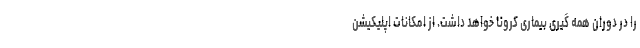
را در دوران همه گیری بیماری کرونا خواهد داشت. از امکانات اپلیکیشن